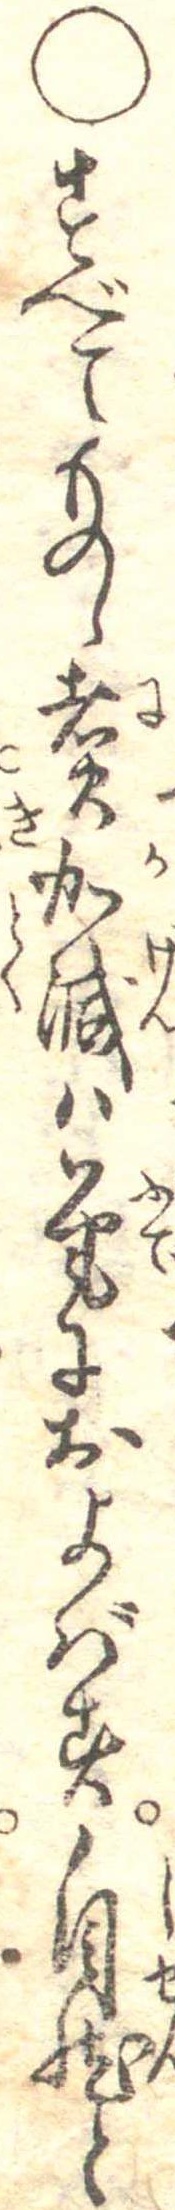
○すべてものゝ煮加減は筆におよばす自然と